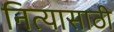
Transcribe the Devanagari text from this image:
नित्यासाठी